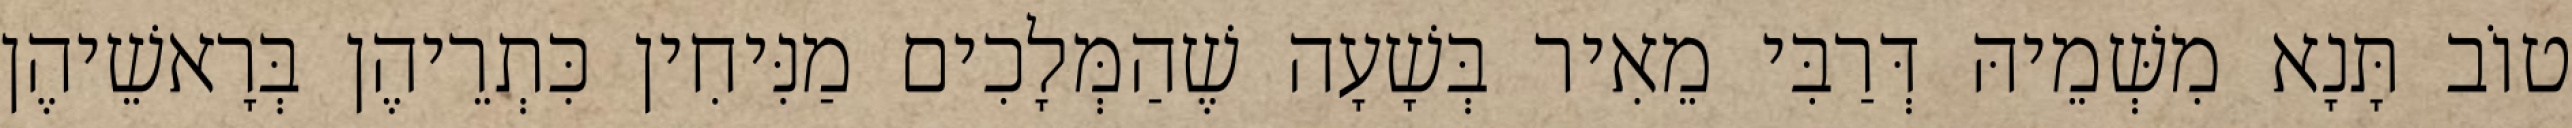
טוֹב תָּנָא מִשְּׁמֵיהּ דְּרַבִּי מֵאִיר בְּשָׁעָה שֶׁהַמְּלָכִים מַנִּיחִין כִּתְרֵיהֶן בְּרָאשֵׁיהֶן